Calcutta medical institutions reports 1871-78
Year: 1871
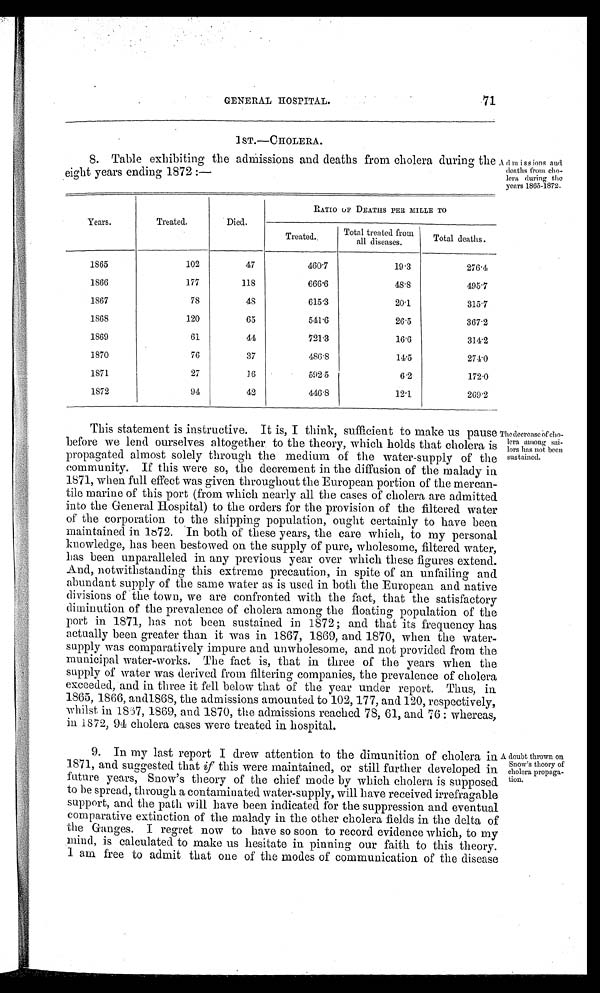
GENERAL HOSPITAL.
71
1 ST.—CHOLERA.
8. Table exhibiting the admissions and deaths from cholera during the
eight years ending 1872 :—
Years.
Treated.
Died.
RATIO 0F DEATHS PEE MILLE TO
Treated.
Total treated from
all diseases.
Total deaths.
1865
102
47
460.7
19.3
276.4
1866
177
118
6 6 6 . 6 48.8
495.7
1867
78
48
615.3
20.1
315.7
1868
120
65
5 4 1 . 6 26.5
367.2
1S69
61
44
721.3
16.6
314.2
1870
76
37
486.8
11.5
2 7 4 . 0
1871
27
16
592 5
6.2
172.0
1872
94
42
4468
12.1
269.2
Admiss ions and
deaths from cho-
lera during the
years 1865-1372.
This statement is instructive. It is, I think, sufficient to make us pause
before we lend ourselves altogether to the theory, which holds that cholera is
propagated almost solely through the medium of the water-supply of the
community. If this were so, the decrement in the diffusion of the malady in
1871, when full effect was given throughout the European portion of the mercan-
tile marine of this port (from which nearly all the cases of cholera are admitted
into the General Hospital) to the orders for the provision of the filtered water
of the corporation to the shipping population, ought certainly to have been
maintained in 1872. In both of these years, the care which, to my personal
knowledge, has been bestowed on the supply of pure, wholesome, filtered water,
has been unparalleled in any previous year over which these figures extend.
And, notwithstanding this extreme precaution, in spite of an unfailing and
abundant supply of the same water as is used in both the European and native
divisions of the town, we are confronted with the fact, that the satisfactory
diminution of the prevalence of cholera among the floating population of the
port in 1871, has not been sustained in 1872 ; and that its frequency has
actually been greater than it was in 1867, 1869, and 1870, when the water-
supply was comparatively impure and unwholesome, and not provided from the
municipal water-works. The fact is, that in three of the years when the
supply of water was derived from filtering companies, the prevalence of cholera
exceeded, and in three it fell below that of the year under report. Thus, in.
1865, 1866, and1868, the admissions amounted to 102, 177, and 120, respectively,
whilst in 1837, 1869, and 1870, the admissions reached 78, 61, and. 76 : whereas,
in 1872, 94 cholera cases were treated in hospital.
The decrease Of cho-
lera among sai-
lors has not been
sustained.
9. In my last report I drew attention to the dimunition of cholera in
1871, and suggested that if this were maintained, or still further developed in
future years, Snow's theory of the chief mode by which cholera is supposed
to be spread, through a contaminated water-supply, will have received irrefragable
support, and the path will have been indicated for the suppression and eventual
comparative extinction of the malady in the other cholera fields in the delta of
the Ganges. I regret now to have so soon to record evidence which, to my
mind, is calculated to make us hesitate in pinning our faith to this theory.
1 am free to admit that one of the modes of communication of the disease
A doubt thrown on
Snow's theory of
cholera propaga-
tion.